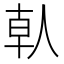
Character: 倝